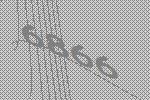
6866